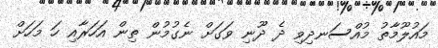
މައުލޫމާތު މުއްސަނދިވި ދެ ދޫނި ވަގަށް ނެގުމުން ތިން އަހަރާއި ހަ މަހަށް